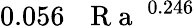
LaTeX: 0.056\, \mathrm{~\textit~{~R~a~}~}^{0.246}